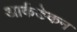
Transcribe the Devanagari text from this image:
आर्कडेकन